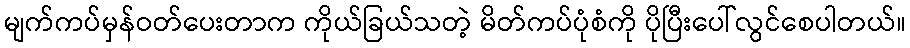
မျက်ကပ်မှန်ဝတ်ပေးတာက ကိုယ်ခြယ်သတဲ့ မိတ်ကပ်ပုံစံကို ပိုပြီးပေါ်လွင်စေပါတယ်။